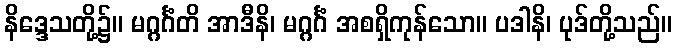
နိဒ္ဒေသတို့၌။ မဂ္ဂင်္ဂံတိ အာဒီနိ၊ မဂ္ဂင်္ဂံ အစရှိကုန်သော။ ပဒါနိ၊ ပုဒ်တို့သည်။